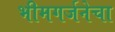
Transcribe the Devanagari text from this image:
भीमगर्जनेचा